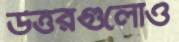
উত্তরগুলোও